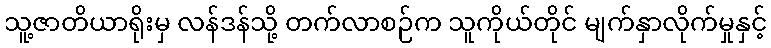
သူ့ဇာတိယာရိုးမှ လန်ဒန်သို့ တက်လာစဉ်က သူကိုယ်တိုင် မျက်နှာလိုက်မှုနှင့်